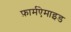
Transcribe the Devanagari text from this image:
फ़ार्मऐमाइड